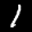
Label: 1